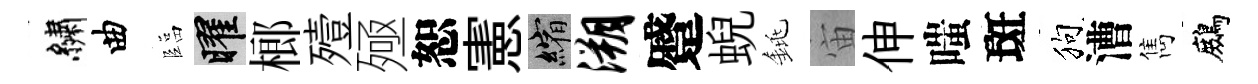
繡曲臨曜榔殪殛恕憲縮溯蹙蜺銚宙伸嗤斑狗漕雋鷓